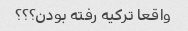
واقعا ترکیه رفته بودن؟؟؟